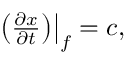
\begin{array} { r } { \left. \left( \frac { \partial x } { \partial t } \right) \right\rvert _ { f } = c , } \end{array}